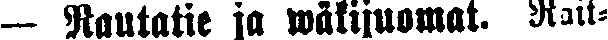
— Rautatie ja wäkijuomat. Rait-